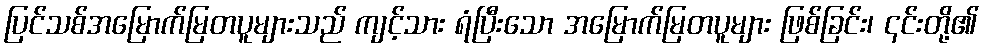
ပြင်သစ်အမြောက်မြတပူများသည် ကျင့်သား ရံပြီးသော အမြောက်မြတပူများ ဖြစ်ခြင်း၊ ၎င်းတို့၏